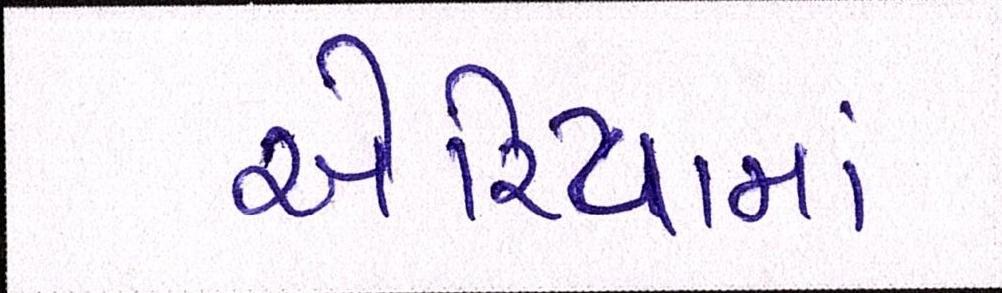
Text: એરિયામાં